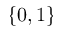
\{ 0 , 1 \}